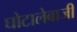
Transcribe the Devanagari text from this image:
घोटालेबाजी